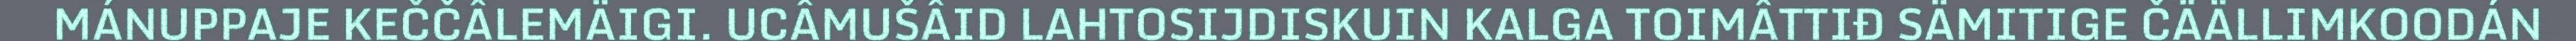
MÁNUPPAJE KEČČÂLEMÄIGI. UCÂMUŠÂID LAHTOSIJDISKUIN KALGA TOIMÂTTIĐ SÄMITIGE ČÄÄLLIMKOODÁN